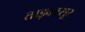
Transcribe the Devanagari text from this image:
ताड़कासूर